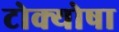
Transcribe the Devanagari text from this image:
टोक्योषा